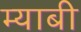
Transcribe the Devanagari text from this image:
म्याबी